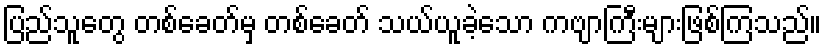
ပြည်သူတွေ တစ်ခေတ်မှ တစ်ခေတ် သယ်ယူခဲ့သော ကဗျာကြီးများဖြစ်ကြသည်။